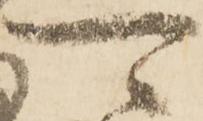
可